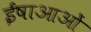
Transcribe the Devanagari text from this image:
ईषाआओं